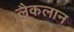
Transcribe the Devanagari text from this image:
लैकलान